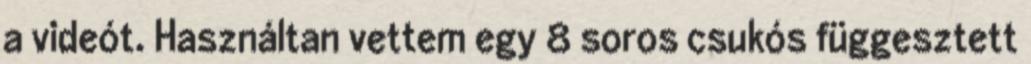
a videót. Használtan vettem egy 8 soros csukós függesztett